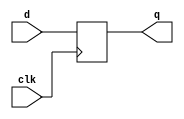
`timescale 1ns / 1ps
//////////////////////////////////////////////////////////////////////////////////
// Company: 
// Engineer: 
// 
// Design Name: 
// Module Name: flipflop
// Project Name: 
// Target Devices: 
// Tool Versions: 
// Description: 
// 
// Dependencies: 
// 
// Revision:
// Revision 0.01 - File Created
// Additional Comments:
// 
//////////////////////////////////////////////////////////////////////////////////



module flipflop (input clk, input d, output reg q);
always @(posedge clk)
q <= d;
endmodule